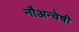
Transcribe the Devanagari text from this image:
नौअन्वेषी